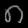
Digit: ၈